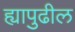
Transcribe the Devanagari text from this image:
ह्यापुढील